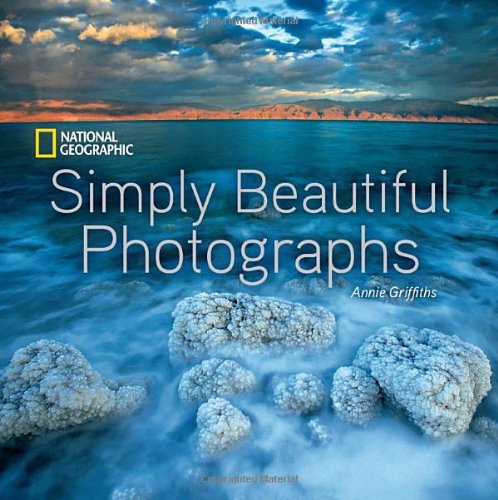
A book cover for National Geographic Simply Beautiful Photographs; Annie Griffiths; Arts & Photography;